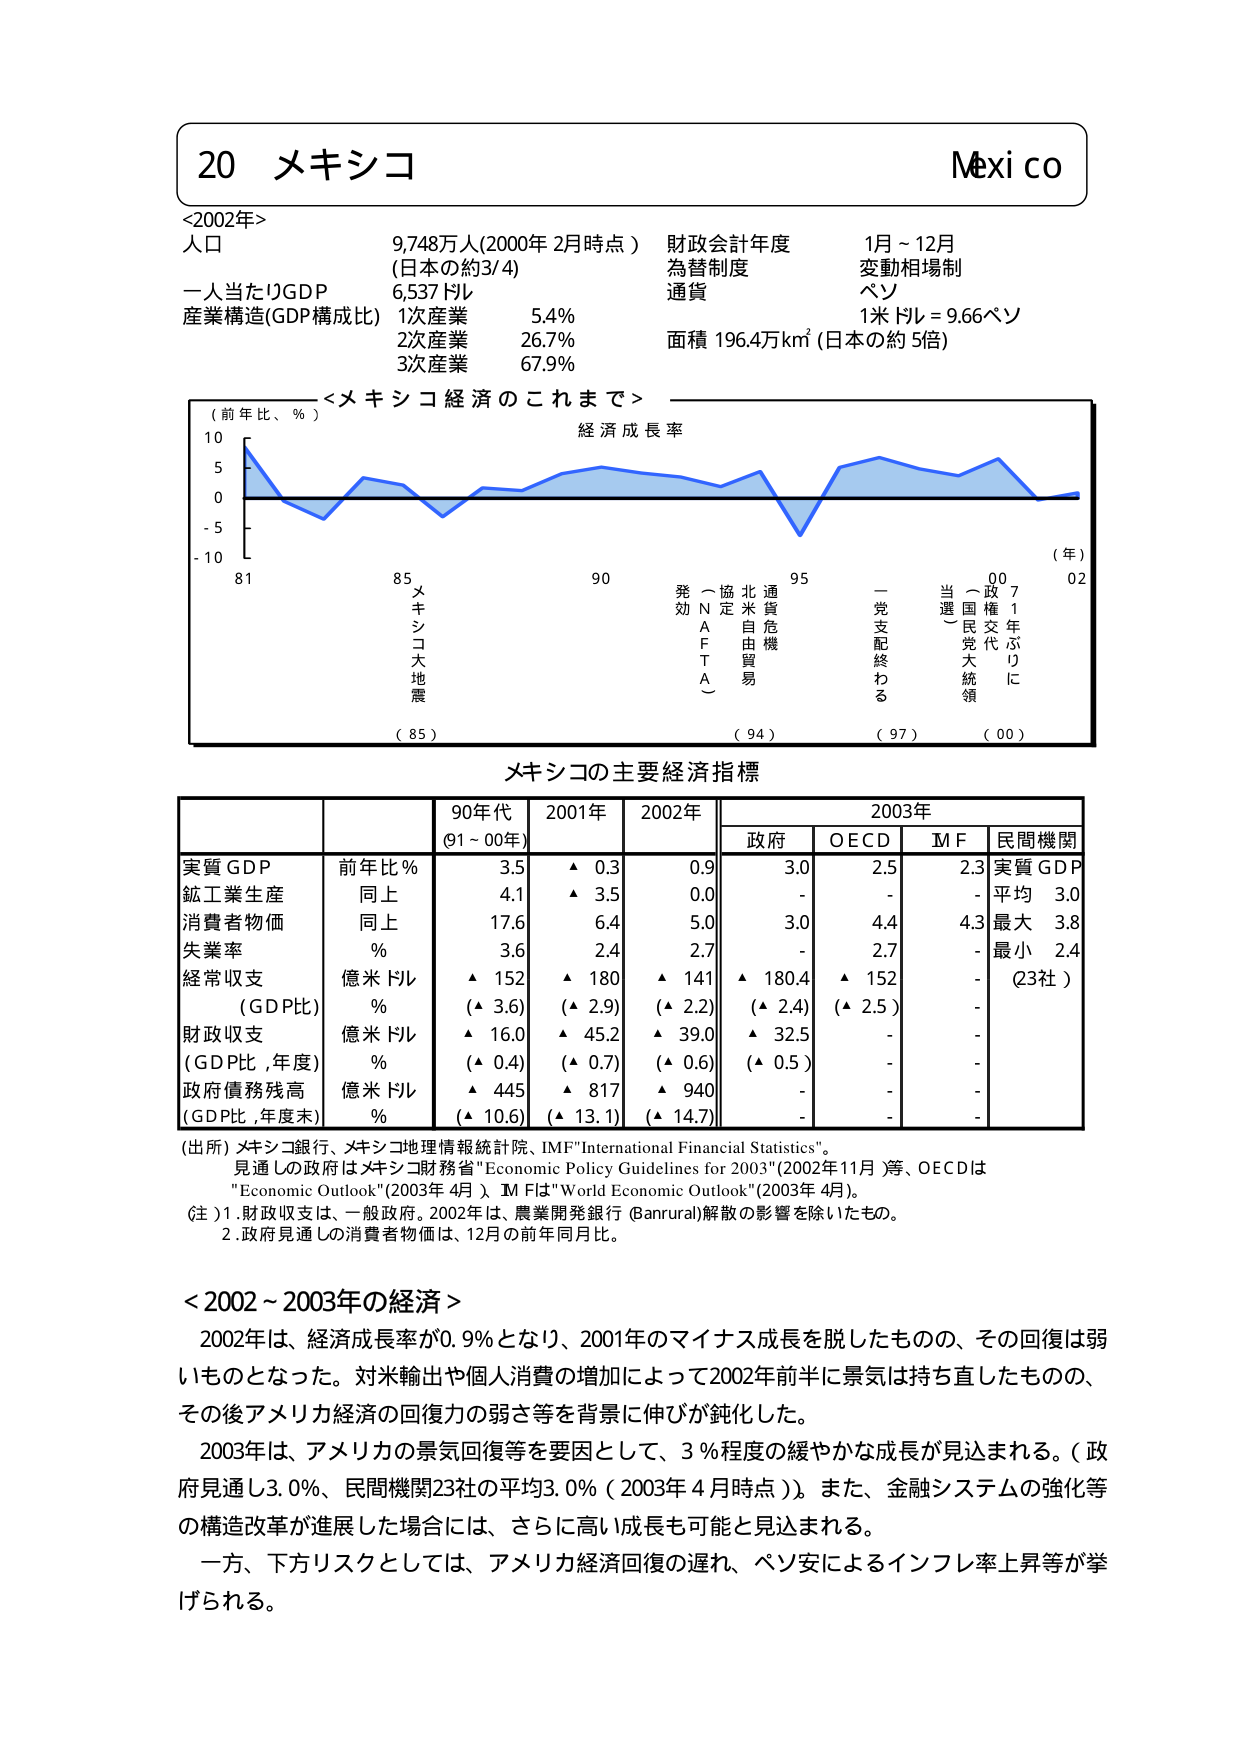
20 メキシコ
Mexico
<2002年>
人口 9,748万人(2000年 2月時点) 財政会計年度 1月～12月
(日本の約3/4) 為替制度 変動相場制
一人当たりGDP 6,537ドル 通貨 ペソ
産業構造(GDP構成比) 1次産業 5.4% 1米ドル=9.66ペソ
2次産業 26.7% 面積 196.4万km²(日本の約5倍)
3次産業 67.9%
<メキシコ経済のこれまで>
(前年比、%)
経済成長率
10
5
0
-5
-10
81 85 90 95 00 02
(年)
メキシコ大地震
発効(協定) 北米自由貿易
(NFTA) 通貨危機
一党支配終わる
当選(国民大統領)
政権交代
1年ぶりに
(85) (94) (97) (00)
メキシコの主要経済指標
90年代 2001年 2002年 2003年
(91～00年) 政府 OECD IMF 民間機関
実質GDP 前年比% 3.5 ▲0.3 0.9 3.0 2.5 2.3 実質GDP
鉱工業生産 同上 4.1 ▲3.5 0.0 - - - 平均 3.0
消費者物価 同上 17.6 6.4 5.0 3.0 4.4 4.3 最大 3.8
失業率 % 3.6 2.4 2.7 - 2.7 - 最小 2.4
経常収支 億米ドル ▲152 ▲180 ▲141 ▲180.4 ▲152 - (23社)
(GDP比) % (▲3.6) (▲2.9) (▲2.2) (▲2.4) (▲2.5) -
財政収支 億米ドル ▲16.0 ▲45.2 ▲39.0 ▲32.5 - - -
(GDP比,年度) % (▲0.4) (▲0.7) (▲0.6) (▲0.5) - - -
政府債務残高 億米ドル ▲445 ▲817 ▲940 - - - -
(GDP比,年度末) % (▲10.6) (▲13.1) (▲14.7) - - - -
(出所) メキシコ銀行、メキシコ地理情報統計院、IMF"International Financial Statistics"。
見通しの政府はメキシコ財務省"Economic Policy Guidelines for 2003"(2002年11月)等、OECDは
"Economic Outlook"(2003年4月)、IMFは"World Economic Outlook"(2003年4月)。
(注)1.財政収支は、一般政府。2002年は、農業開発銀行(Banrural)解散の影響を除いたもの。
2.政府見通しの消費者物価は、12月の前年同月比。
<2002～2003年の経済>
2002年は、経済成長率が0.9%となり、2001年のマイナス成長を脱したものの、その回復は弱いものとなった。対米輸出や個人消費の増加によって2002年前半に景気は持ち直したものの、その後アメリカ経済の回復力の弱さ等を背景に伸びが鈍化した。
2003年は、アメリカの景気回復等を要因として、3%程度の緩やかな成長が見込まれる。(政府見通し3.0%、民間機関23社の平均3.0%(2003年4月時点))。また、金融システムの強化等の構造改革が進展した場合には、さらに高い成長も可能と見込まれる。
一方、下方リスクとしては、アメリカ経済回復の遅れ、ペソ安によるインフレ率上昇等が挙げられる。